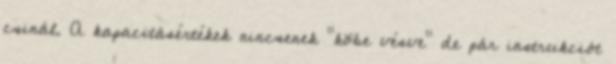
csinál. A kapacitásértékek nincsenek "kõbe vésve" de pár instrukciót